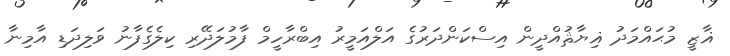
ޣާޒީ މުޙައްމަދު ޣިޔާޘުއްދީން އިސްކަންދަރުގެ އަލްއަމީރު އިބްރާހީމް ފާމުލަދޭރި ކިލެގެފާނު ވަލިދަޑި އާމިނާ